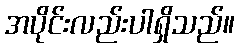
အပိုင်းလည်းပါရှိသည်။